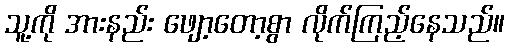
သူ့ကို အားနည်း ဖျော့တော့စွာ လိုက်ကြည့်နေသည်။